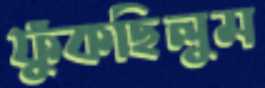
ফুঁকছিলুম